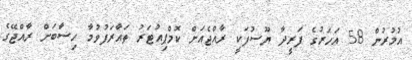
އުމުރުން 58 އަހަރުގެ ފަރީދާ ޔޫސުފަކީ ރާއްޖެއަށް ކޮމްޕިއުޓަރު ތައާރަފުވުމާ ހިސާބަށް ރާއްޖޭގެ